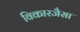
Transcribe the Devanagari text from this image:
विकारजैसा